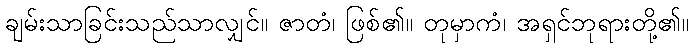
ချမ်းသာခြင်းသည်သာလျှင်။ ဇာတံ၊ ဖြစ်၏။ တုမှာကံ၊ အရှင်ဘုရားတို့၏။